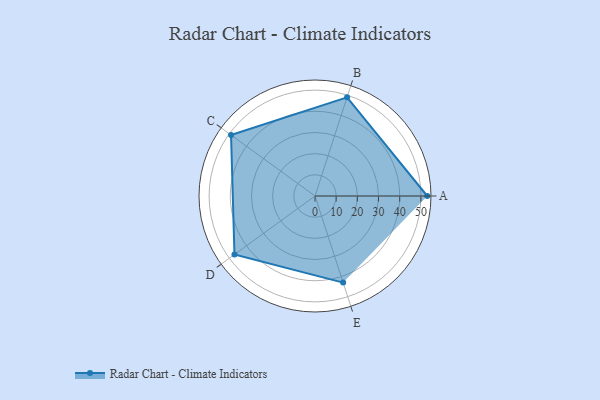
{"axis": {"x": "Skill", "y": "Score"}, "legend": ["Profile"], "data": [{"x": "A", "y": 53.0, "type": "Profile"}, {"x": "B", "y": 49.0, "type": "Profile"}, {"x": "C", "y": 49.0, "type": "Profile"}, {"x": "D", "y": 47.0, "type": "Profile"}, {"x": "E", "y": 43.0, "type": "Profile"}]}